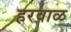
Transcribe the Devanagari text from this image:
हरवाळ